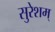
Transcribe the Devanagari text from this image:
सुरेशम्‌